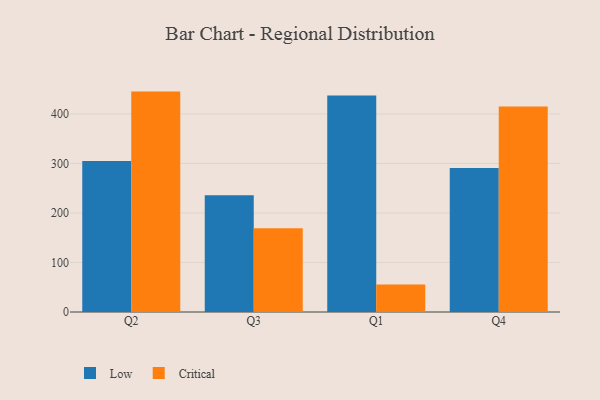
{"axis": {"x": "Quarter", "y": "Latency (ms)"}, "legend": ["Critical", "Low"], "data": [{"x": "Q2", "y": 304.9, "type": "Low"}, {"x": "Q2", "y": 445.0, "type": "Critical"}, {"x": "Q3", "y": 235.6, "type": "Low"}, {"x": "Q3", "y": 168.9, "type": "Critical"}, {"x": "Q1", "y": 437.3, "type": "Low"}, {"x": "Q1", "y": 55.6, "type": "Critical"}, {"x": "Q4", "y": 290.9, "type": "Low"}, {"x": "Q4", "y": 414.9, "type": "Critical"}]}